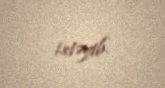
istəyib.